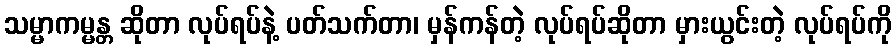
သမ္မာကမ္မန္တ ဆိုတာ လုပ်ရပ်နဲ့ ပတ်သက်တာ၊ မှန်ကန်တဲ့ လုပ်ရပ်ဆိုတာ မှားယွင်းတဲ့ လုပ်ရပ်ကို